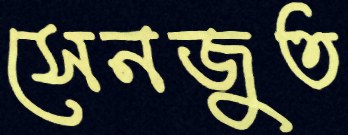
সেনজুত